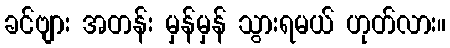
ခင်ဗျား အတန်း မှန်မှန် သွားရမယ် ဟုတ်လား။